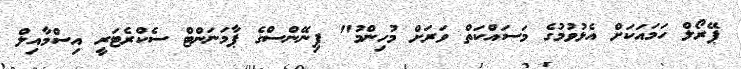
ޕޭރޯލް ހަމައަކަށް އެޅުވުމުގެ މަސައްކަތް ވަރަށް މުހިންމު" ފިނޭންސްގެ ޕާމަނަންޓް ސެކްރެޓަރީ އިސްމާއިލް